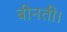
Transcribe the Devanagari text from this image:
बीनती।